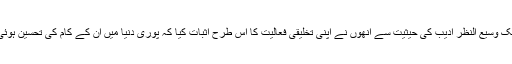
ایک وسیع النظر ادیب کی حیثیت سے انھوں نے اپنی تخلیقی فعالیت کا اس طرح اثبات کیا کہ پوری دنیا میں ان کے کام کی تحسین ہوئی۔